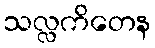
သလ္လကိတေန